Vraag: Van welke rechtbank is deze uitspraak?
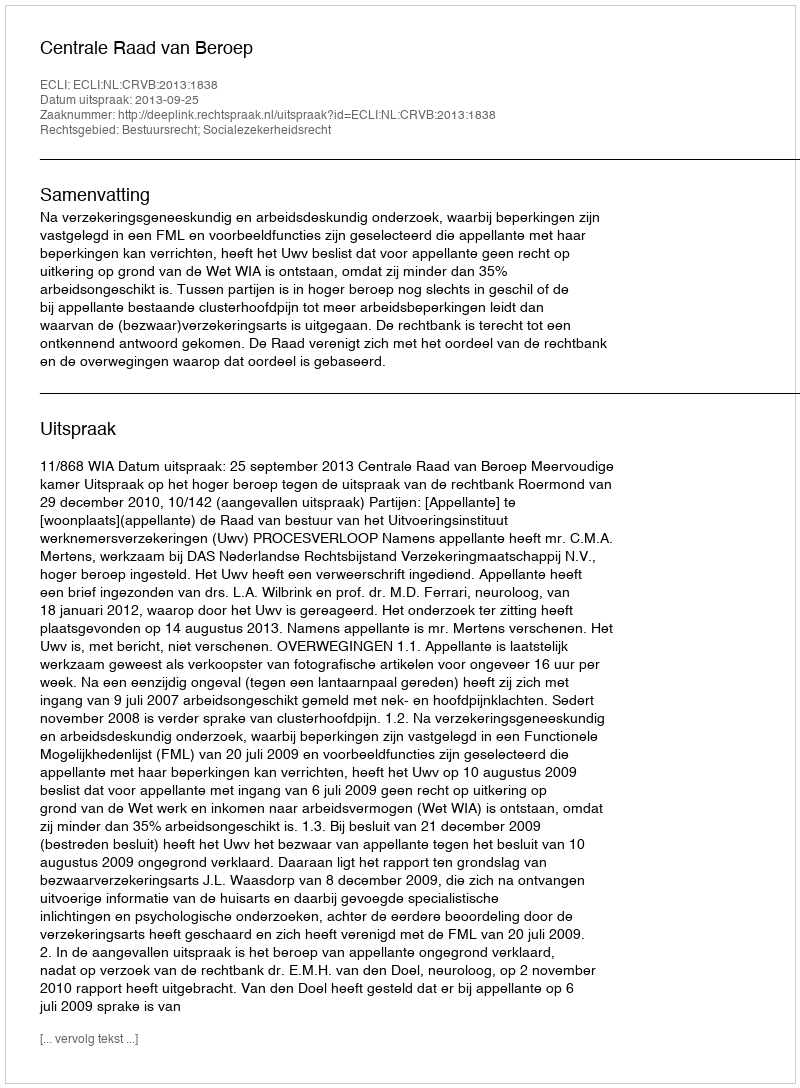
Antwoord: Centrale Raad van Beroep